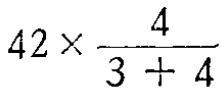
\(42\times\frac{4}{3 + 4}\)